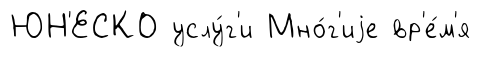
ЮН'ЕСКО услу́г'и Мно́г'иjе вр'е́м'я